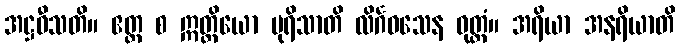
အဋ္ဌဝီသတိ။ ဧတ္ထ စ ဣတ္ထိယော ပုရိသာတိ လိင်္ဂဝသေန ဝုတ္တံ။ အရိယာ အနရိယာတိ